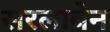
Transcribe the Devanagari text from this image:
सरलाबेन